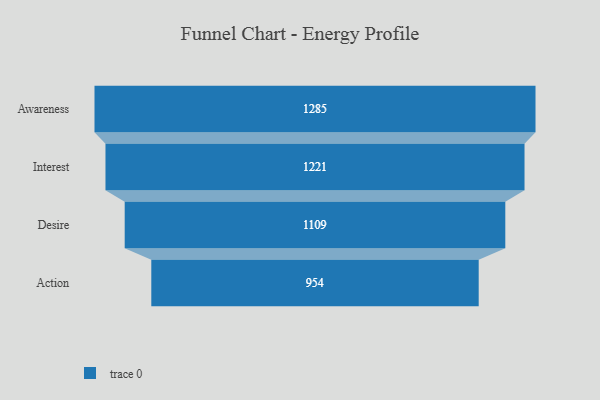
{"axis": {"x": "Stage", "y": "Value"}, "legend": [""], "data": [{"x": "Awareness", "y": 1285.0, "type": ""}, {"x": "Interest", "y": 1221.0, "type": ""}, {"x": "Desire", "y": 1109.0, "type": ""}, {"x": "Action", "y": 954.0, "type": ""}]}